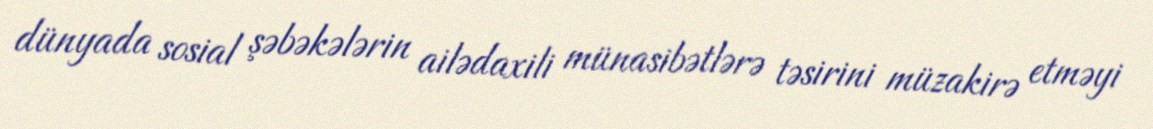
dünyada sosial şəbəkələrin ailədaxili münasibətlərə təsirini müzakirə etməyi